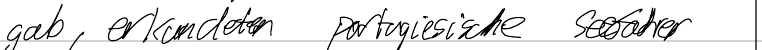
gab, erkundeten portugiesische Seefahrer